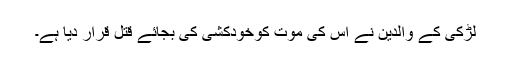
لڑکی کے والدین نے اس کی موت کوخودکشی کی بجائے قتل قرار دیا ہے۔